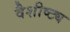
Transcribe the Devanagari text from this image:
वैशीष्ट्य